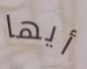
أيها